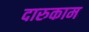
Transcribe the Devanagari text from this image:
दारुकाम